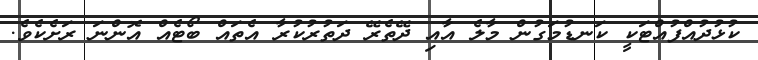
ކުޅުދުއްފުއްޓަކީ ކަނޑުމަގުން މާލެ އާއި ދޭތެރޭ ދަތުރުކުރާ އެތައް ބޯޓެއް އޮންނަ ރަށެކެވެ.